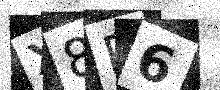
Text: X8R6